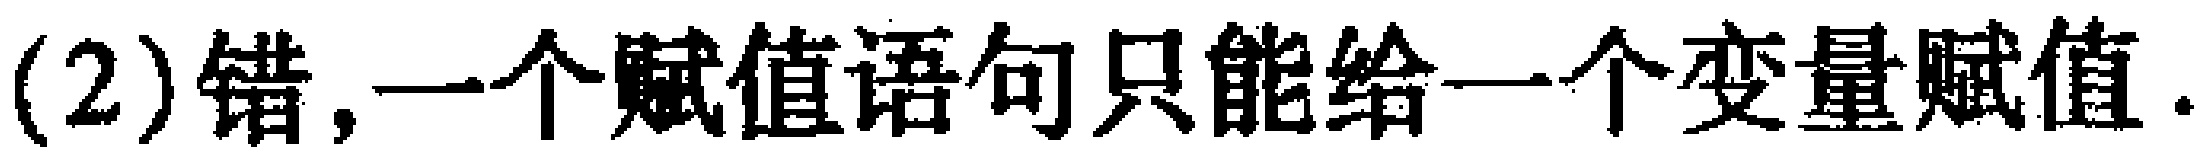
(2)错,一个赋值语句只能给一个变量赋值.